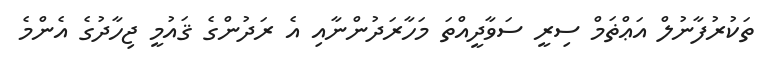
ތަކުރުފާނުލް އަޢްޡަމް ސިރީ ސަވާދީއްތަ މަހާރަދުންނާއި އެ ރަދުންގެ ޤައުމީ ޖިހާދުގެ އެންމެ